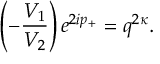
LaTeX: \left( - \frac { V _ { 1 } } { V _ { 2 } } \right) e ^ { 2 i p _ { + } } = q ^ { 2 \kappa } .